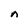
Character: n